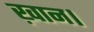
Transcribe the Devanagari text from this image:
ख़ान।